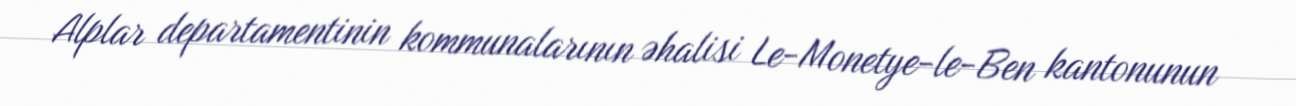
Alplar departamentinin kommunalarının əhalisi Le-Monetye-le-Ben kantonunun